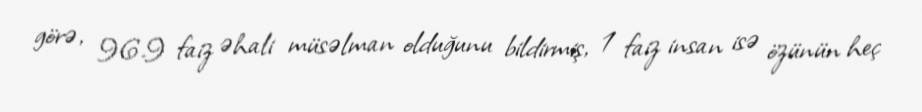
görə, 96.9 faiz əhali müsəlman olduğunu bildirmiş, 1 faiz insan isə özünün heç